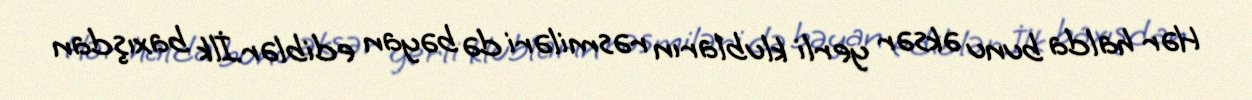
Hər halda bunu əksər yerli klubların rəsmiləri də bəyan ediblər.İlk baxışdan